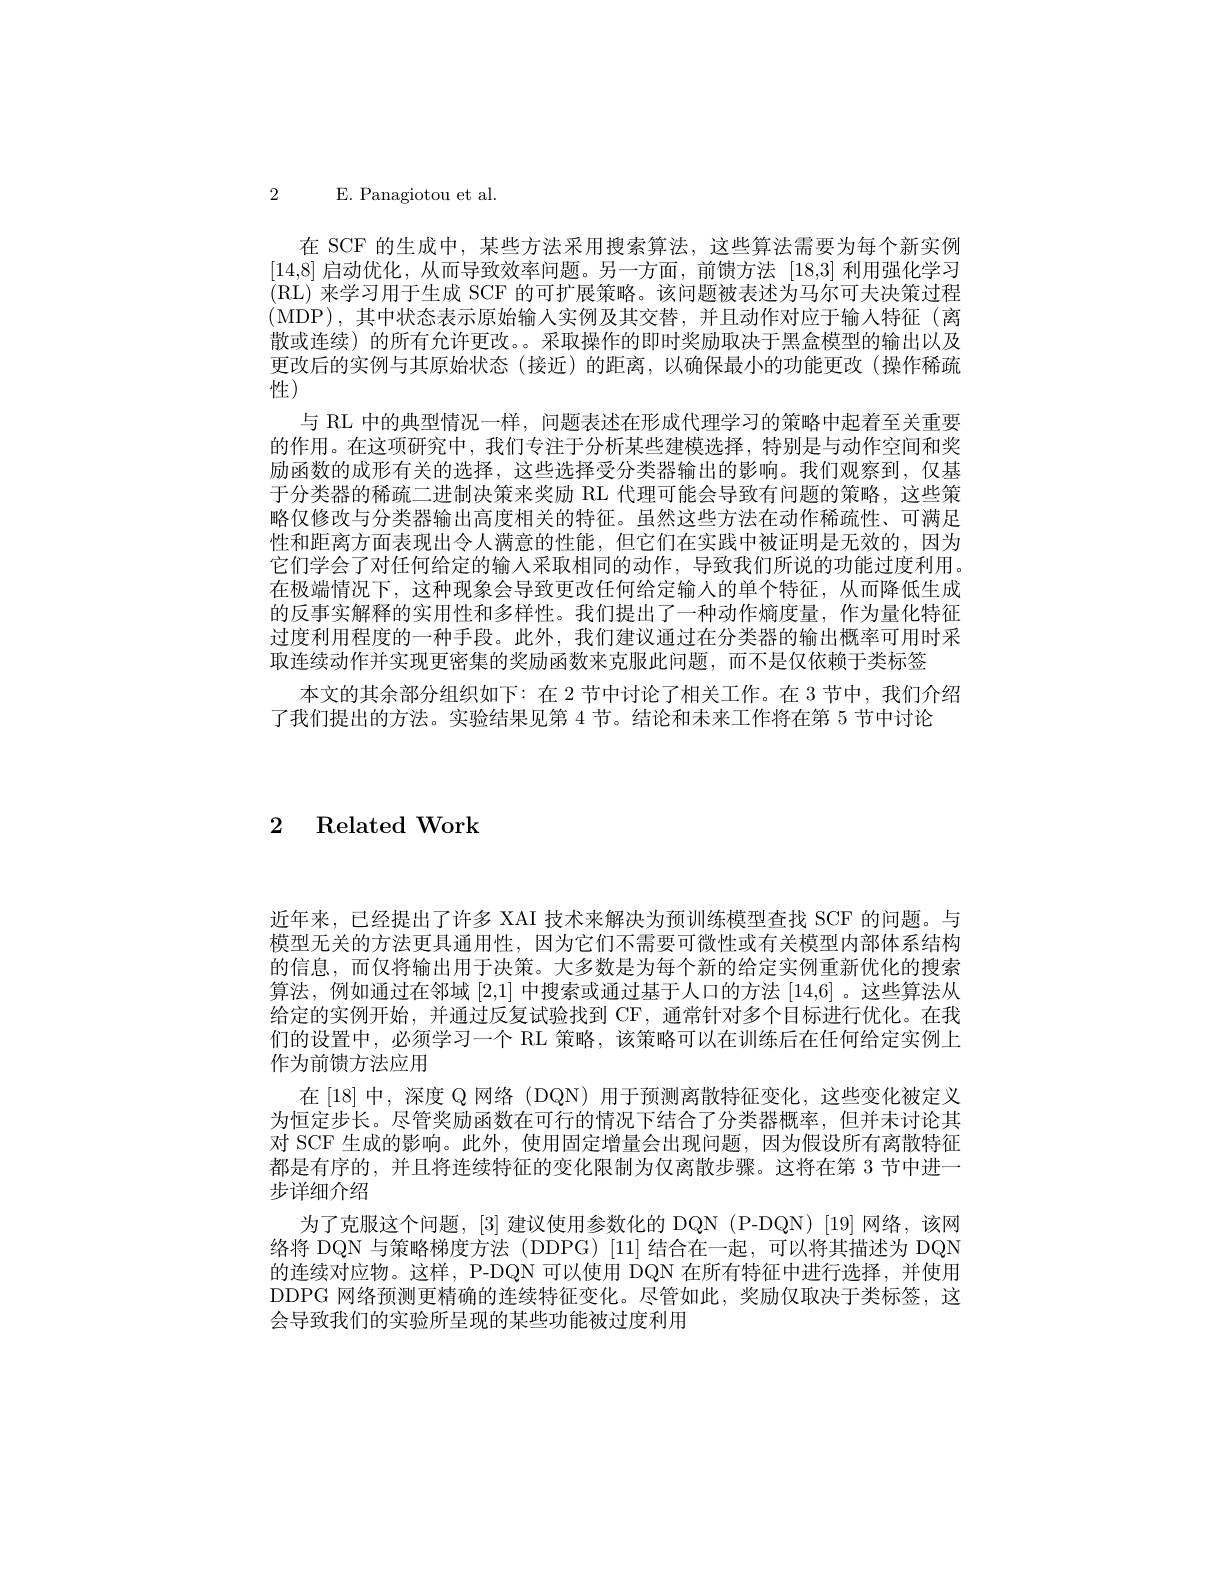
2 E. Panagiotou et al.

在 SCF 的生成中，某些方法采用搜索算法，这些算法需要为每个新实例[14,8]启动优化，从而导致效率问题。另一方面，前馈方法[18,3]利用强化学习(RL) 来学习用于生成 SCF 的可扩展策略。该问题被表述为马尔可夫决策过程(MDP),其中状态表示原始输入实例及其交替，并且动作对应于输人特征(离散或连续)的所有允许更改。采取操作的即时奖励取决于黑盒模型的输出以及更改后的实例与其原始状态(接近)的距离，以确保最小的功能更改(操作稀疏性$\bar{\text{性}}$
与 RL 中的典型情况一样，问题表述在形成代理学习的策略中起着至关重要的作用。在这项研究中，我们专注于分析某些建模选择，特别是与动作空间和奖励函数的成形有关的选择，这些选择受分类器输出的影响。我们观察到，仅基于分类器的稀疏二进制决策来奖励 RL 代理可能会导致有问题的策略，这些策略仅修改与分类器输出高度相关的特征。虽然这些方法在动作稀疏性、可满足性和距离方面表现出令人满意的性能，但它们在实践中被证明是无效的，因为它们学会了对任何给定的输入采取相同的动作，导致我们所说的功能过度利用。在极端情况下，这种现象会导致更改任何给定输人的单个特征，从而降低生成的反事实解释的实用性和多样性。我们提出了一种动作熵度量，作为量化特征过度利用程度的一种手段。此外，我们建议通过在分类器的输出概率可用时采取连续动作并实现更密集的奖励函数来克服此问题，而不是仅依赖于类标签
本文的其余部分组织如下：在 2 节中讨论了相关工作。在 3 节中，我们介绍
了我们提出的方法。实验结果见第 4 节。结论和未来工作将在第 5 节中讨论

2 Related Work

近年来，已经提出了许多 XAI 技术来解决为预训练模型查找 SCF 的问题。与模型无关的方法更具通用性，因为它们不需要可微性或有关模型内部体系结构的信息，而仅将输出用于决策。大多数是为每个新的给定实例重新优化的搜索算法，例如通过在邻域[2,1]中搜索或通过基于人口的方法 [14,6] 。这些算法从给定的实例开始，并通过反复试验找到 CF, 通常针对多个目标进行优化。在我们的设置中，必须学习一个 RL 策略，该策略可以在训练后在任何给定实例上作为前馈方法应用
在[18]中，深度 Q 网络 (DQN) 用于预测离散特征变化，这些变化被定义为恒定步长。尽管奖励函数在可行的情况下结合了分类器概率，但并未讨论其对 SCF 生成的影响。此外，使用固定增量会出现问题，因为假设所有离散特征都是有序的，并且将连续特征的变化限制为仅离散步骤。这将在第 3 节中进一步详细介绍
为了克服这个问题，[3] 建议使用参数化的 DQN (P-DQN) [19] 网络，该网络将 DQN 与策略梯度方法 (DDPG)[11] 结合在一起，可以将其描述为 DQN 的连续对应物。这样，P-DQN 可以使用 DQN 在所有特征中进行选择，并使用DDPG 网络预测更精确的连续特征变化。尽管如此，奖励仅取决于类标签，这会导致我们的实验所呈现的某些功能被过度利用